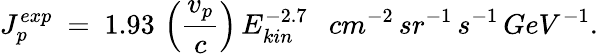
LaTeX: J_{p}^{exp}\ =\ 1.93\, \left(\frac{v_{p}}{c}\right)\, E_{kin}^{-2.7}\ \ \ cm^{-2}\, sr^{-1}\, s^{-1}\, GeV^{-1}.